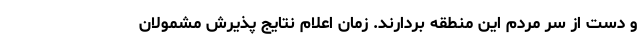
و دست از سر مردم این منطقه بردارند. زمان اعلام نتایج پذیرش مشمولان